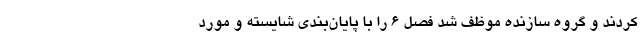
کردند و گروه سازنده موظف شد فصل 6 را با پایان‌بندی شایسته و مورد